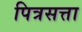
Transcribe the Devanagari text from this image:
पित्रसत्ता